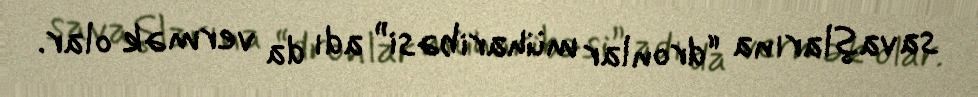
savaşlarına “dronlar müharibəsi” adı da vermək olar.